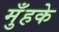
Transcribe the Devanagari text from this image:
मुँहके